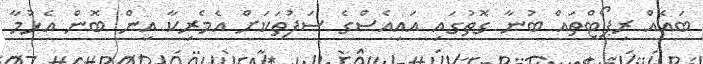
ބައެއް ރިޕޯޓްތައް ބުނާ ގޮތުގައި އައިއެސްގެ ސަފުތަކަށް އެމެރިކާ އިން ބޮން އެޅުމާ